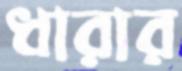
ধারার